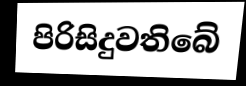
පිරිසිදුවතිබේ